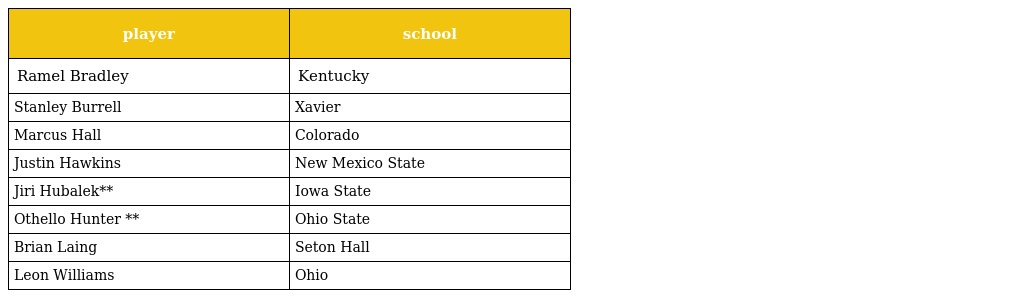
| player | school |
 | --- | --- |
 | Ramel Bradley | Kentucky |
 | Stanley Burrell | Xavier |
 | Marcus Hall | Colorado |
 | Justin Hawkins | New Mexico State |
 | Jiri Hubalek** | Iowa State |
 | Othello Hunter ** | Ohio State |
 | Brian Laing | Seton Hall |
 | Leon Williams | Ohio |